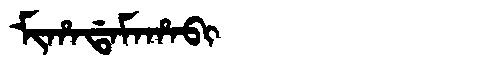
Manchu: ᠮᡳᡥᠠᡩᠠᠮᠠᡥᠠᠪᡳ
Romanization: MIHADAMAHABI